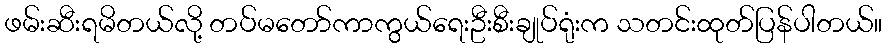
ဖမ်းဆီးရမိတယ်လို့ တပ်မတော်ကာကွယ်ရေးဦးစီးချုပ်ရုံးက သတင်းထုတ်ပြန်ပါတယ်။